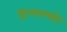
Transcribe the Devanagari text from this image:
हिणवणारे